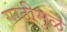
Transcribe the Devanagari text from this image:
गाठीमुळे